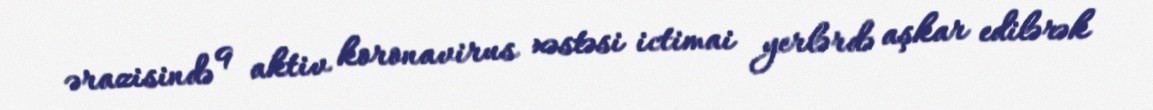
ərazisində 9 aktiv koronavirus xəstəsi ictimai yerlərdə aşkar edilərək